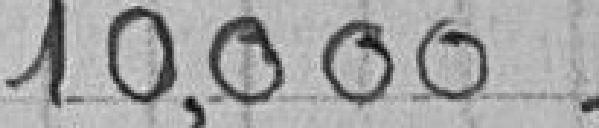
10,000